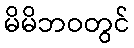
မိမိဘဝတွင်